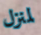
لمنزل